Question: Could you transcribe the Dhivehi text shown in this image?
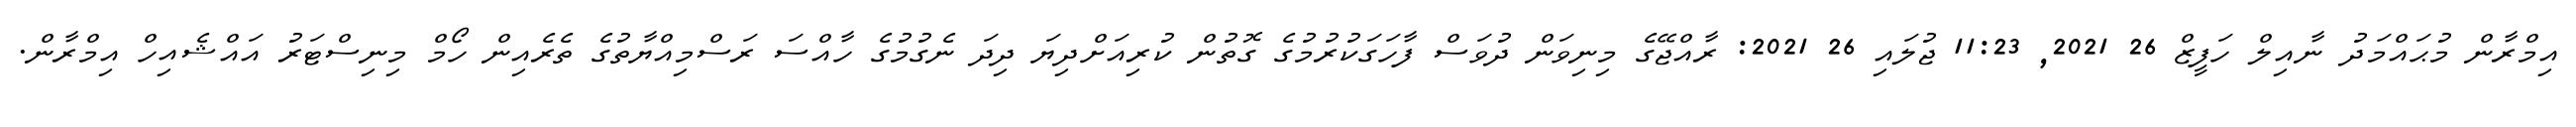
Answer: އިމްރާން މުޙައްމަދު ނާއިލް ހަފީޒް 26 2021, 11:23 ޖުލައި 26 2021: ރާއްޖޭގެ މިނިވަން ދުވަސް ފާހަގަކުރުމުގެ ގޮތުން ކުރިއަށްދިޔަ ދިދަ ނެގުމުގެ ހާއްސަ ރަސްމިއްޔާތުގެ ތެރެއިން ހޯމް މިނިސްޓަރު އައްޝެއިހް އިމްރާން.